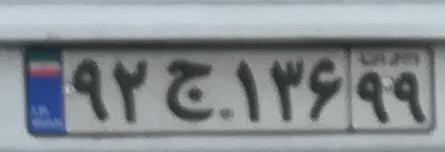
۹۲ج۱۳۶۹۹